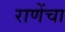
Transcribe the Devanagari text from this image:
राणेंचा